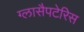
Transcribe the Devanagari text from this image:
ग्लासैपटेरिस